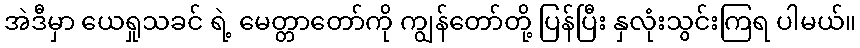
အဲဒီမှာ ယေရှုသခင် ရဲ့ မေတ္တာတော်ကို ကျွန်တော်တို့ ပြန်ပြီး နှလုံးသွင်းကြရ ပါမယ်။